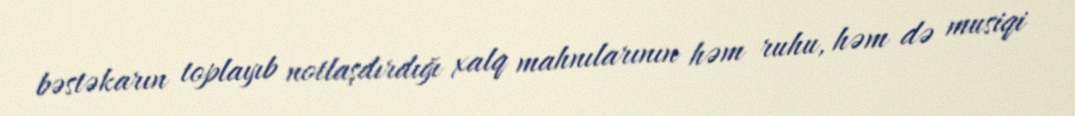
bəstəkarın toplayıb notlaşdırdığı xalq mahnılarının həm ruhu, həm də musiqi